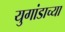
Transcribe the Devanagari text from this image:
युगांडाच्या